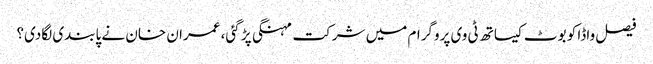
فیصل واڈا کو بوٹ کیساتھ ٹی وی پروگرام میں شرکت مہنگی پڑ گئی، عمران خان نے پابندی لگادی؟